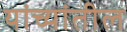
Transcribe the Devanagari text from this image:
यांच्यांतील